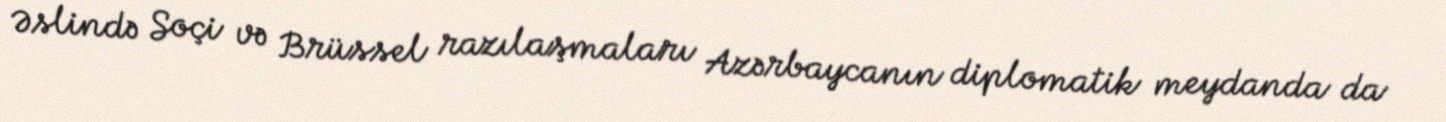
Əslində Soçi və Brüssel razılaşmaları Azərbaycanın diplomatik meydanda da